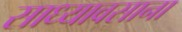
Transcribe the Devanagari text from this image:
साध्यावसाना